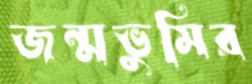
জন্মভুমির